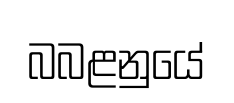
බබළනුයේ